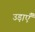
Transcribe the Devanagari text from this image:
उड़ाएँ